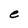
Character: e